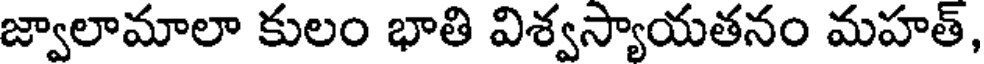
జ్వాలామాలా కులం భాతి విశ్వస్యాయతనం మహత్,